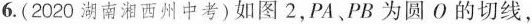
6. (2020湖南湘西州中考) 如图2，PA、PB为圆O的切线，